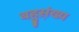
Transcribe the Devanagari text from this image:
बहुस़़ंख्य